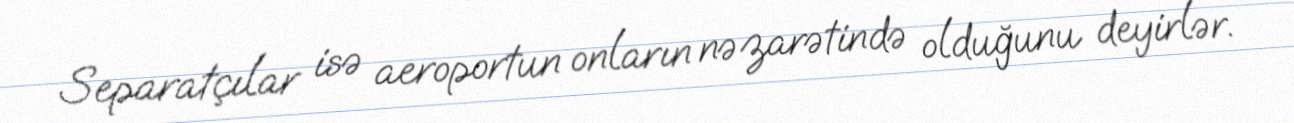
Separatçılar isə aeroportun onların nəzarətində olduğunu deyirlər.